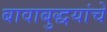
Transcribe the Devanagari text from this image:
बावाबुद्धयांचे